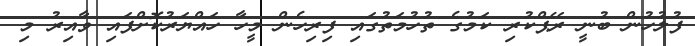
ފުލުހުން ބުނީ ރޭޕްކުރި ކަމުގެ ތުހުމަތުގައި ފިރިހެން މީހާ ހައްޔަރުކޮށްފައި ވާއިރު މި